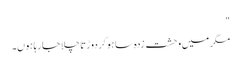
"
مگر میں وحشت زدہ سا ہو کر دوڑتا چلا جا رہا ہوں۔